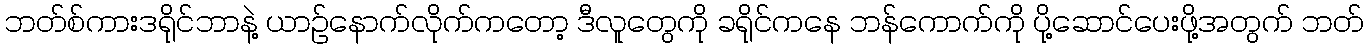
ဘတ်စ်ကားဒရိုင်ဘာနဲ့ ယာဉ်နောက်လိုက်ကတော့ ဒီလူတွေကို ခရိုင်ကနေ ဘန်ကောက်ကို ပို့ဆောင်ပေးဖို့အတွက် ဘတ်